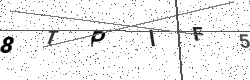
Text: 8TPIF5